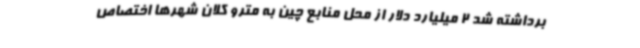
برداشته شد 2 میلیارد دلار از محل منابع چین به مترو کلان شهرها اختصاص